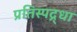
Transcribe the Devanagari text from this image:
प्रतिस्पद्र्धा